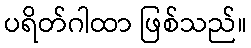
ပရိတ်ဂါထာ ဖြစ်သည်။